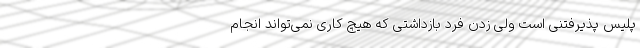
پلیس پذیرفتنی است ولی زدن فرد بازداشتی که هیچ کاری نمی‌تواند انجام